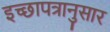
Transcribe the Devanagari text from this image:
इच्छापत्रानुसार